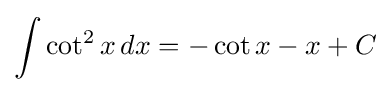
\int \cot ^{2}x\,dx=-\cot x-x+C